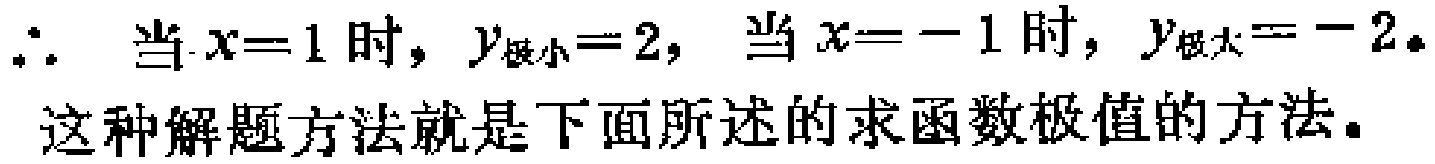
$\therefore$ 当$x = 1$时，$y_{极小}=2$，当$x = - 1$时，$y_{极大}=-2$．
这种解题方法就是下面所述的求函数极值的方法．